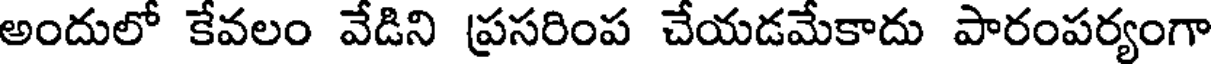
అందులో కేవలం వేడిని ప్రసరింప చేయడమేకాదు పారంపర్యంగా